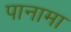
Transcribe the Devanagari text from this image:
पानामा